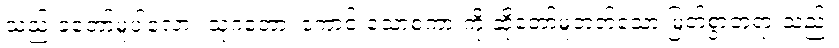
သည်းခံတော်မူပါလော။ သုဂတော၊ ကောင်းသောစကားကို ဆိုတော်မူတတ်သော မြတ်စွာဘုရားသည်။